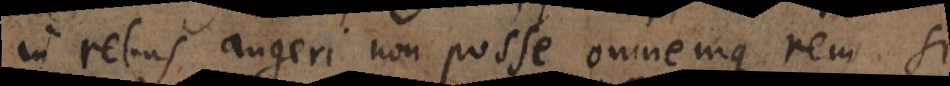
in rebus augeri non posse, omnemque rem si